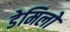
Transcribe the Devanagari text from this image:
डेमिलो